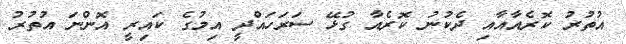
އުތުރު ކޮރެއާއާއި ދެކުނު ކޮރެއާ ގުޅޭ ސަރަހައްދީ އިމުގެ ކައިރީ އޮންނަ އުތުރު